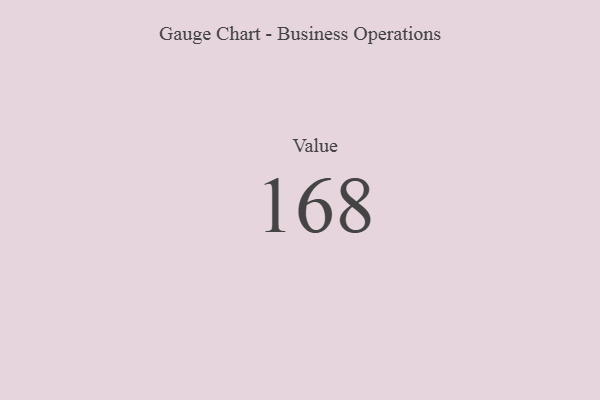
{"axis": {"x": "Metric", "y": "Value"}, "legend": [""], "data": [{"x": "Value", "y": 168, "type": ""}]}